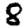
Digit: 8